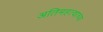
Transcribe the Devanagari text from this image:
अतिमहत्वाच्या